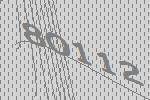
80112